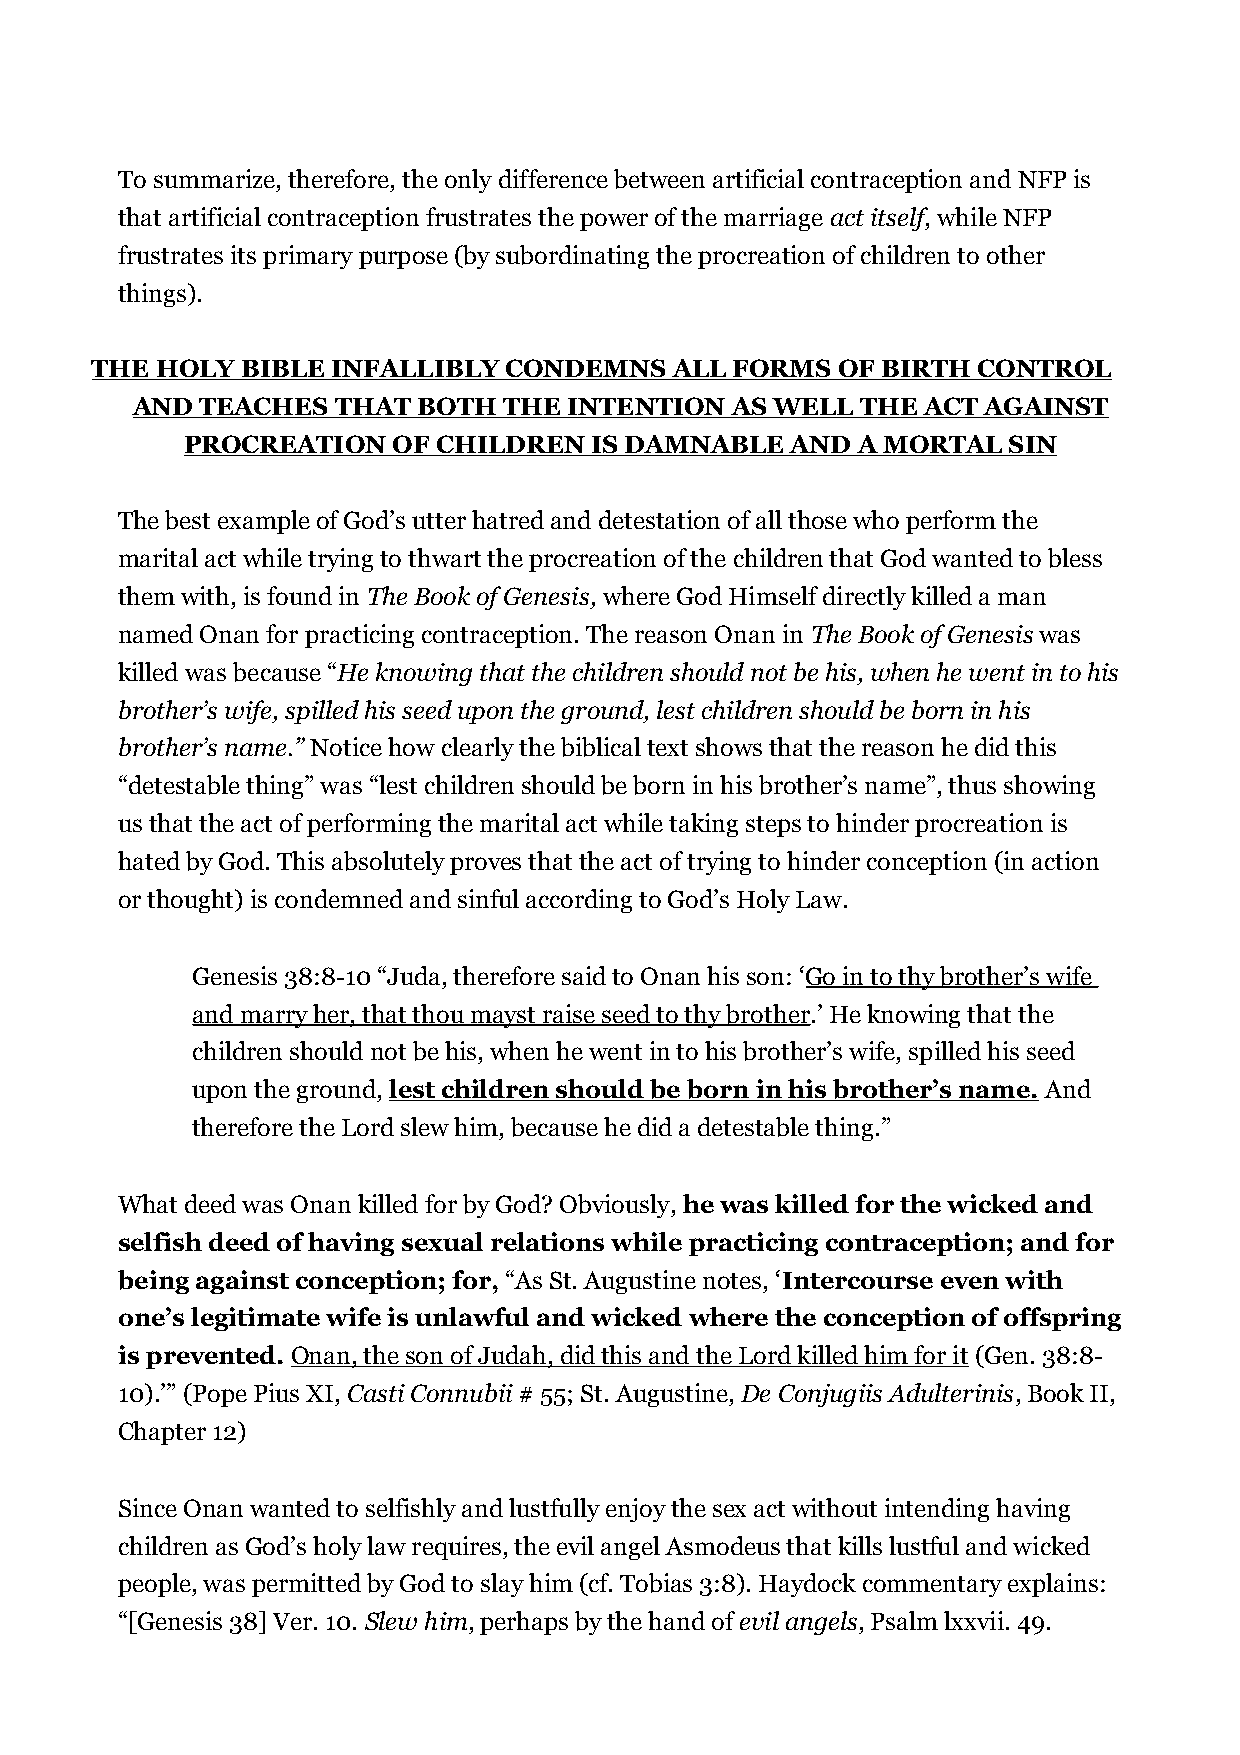
To summarize, therefore, the only difference between artificial contraception and NFP is
 that artificial contraception frustrates the power of the marriage act itself, while NFP
 frustrates its primary purpose (by subordinating the procreation of children to other
 things).
 THE HOLY  BIBLE INFALLIBLY CONDEMNS    ALL FORMS OF BIRTH  CONTROL
 AND TEACHES  THAT  BOTH THE  INTENTION AS WELL  THE ACT AGAINST
 PROCREATION   OF CHILDREN  IS DAMNABLE  AND  A MORTAL  SIN
 The best example of God’s utter hatred and detestation of all those who perform the
 marital act while trying to thwart the procreation of the children that God wanted to bless
 them with, is found in The Book of Genesis, where God Himself directly killed a man
 named Onan for practicing contraception. The reason Onan in The Book of Genesis was
 killed was because “He knowing that the children should not be his, when he went in to his
 brother’s wife, spilled his seed upon the ground, lest children should be born in his
 brother’s name.” Notice how clearly the biblical text shows that the reason he did this
 “detestable thing” was “lest children should be born in his brother’s name”, thus showing
 us that the act of performing the marital act while taking steps to hinder procreation is
 hated by God. This absolutely proves that the act of trying to hinder conception (in action
 or thought) is condemned and sinful according to God’s Holy Law.
 Genesis 38:8-10 “Juda, therefore said to Onan his son: ‘Go in to thy brother’s wife
 and marry her, that thou mayst raise seed to thy brother.’ He knowing that the
 children should not be his, when he went in to his brother’s wife, spilled his seed
 upon the ground, lest children should be born in his brother’s name. And
 therefore the Lord slew him, because he did a detestable thing.”
 What deed was Onan killed for by God? Obviously, he was killed for the wicked and
 selfish deed of having sexual relations while practicing contraception; and for
 being against conception; for, “As St. Augustine notes, ‘Intercourse even with
 one’s legitimate wife is unlawful and wicked where the conception of offspring
 is prevented. Onan, the son of Judah, did this and the Lord killed him for it (Gen. 38:8-
 10).’” (Pope Pius XI, Casti Connubii # 55; St. Augustine, De Conjugiis Adulterinis, Book II,
 Chapter 12)
 Since Onan wanted to selfishly and lustfully enjoy the sex act without intending having
 children as God’s holy law requires, the evil angel Asmodeus that kills lustful and wicked
 people, was permitted by God to slay him (cf. Tobias 3:8). Haydock commentary explains:
 “[Genesis 38] Ver. 10. Slew him, perhaps by the hand of evil angels, Psalm lxxvii. 49.